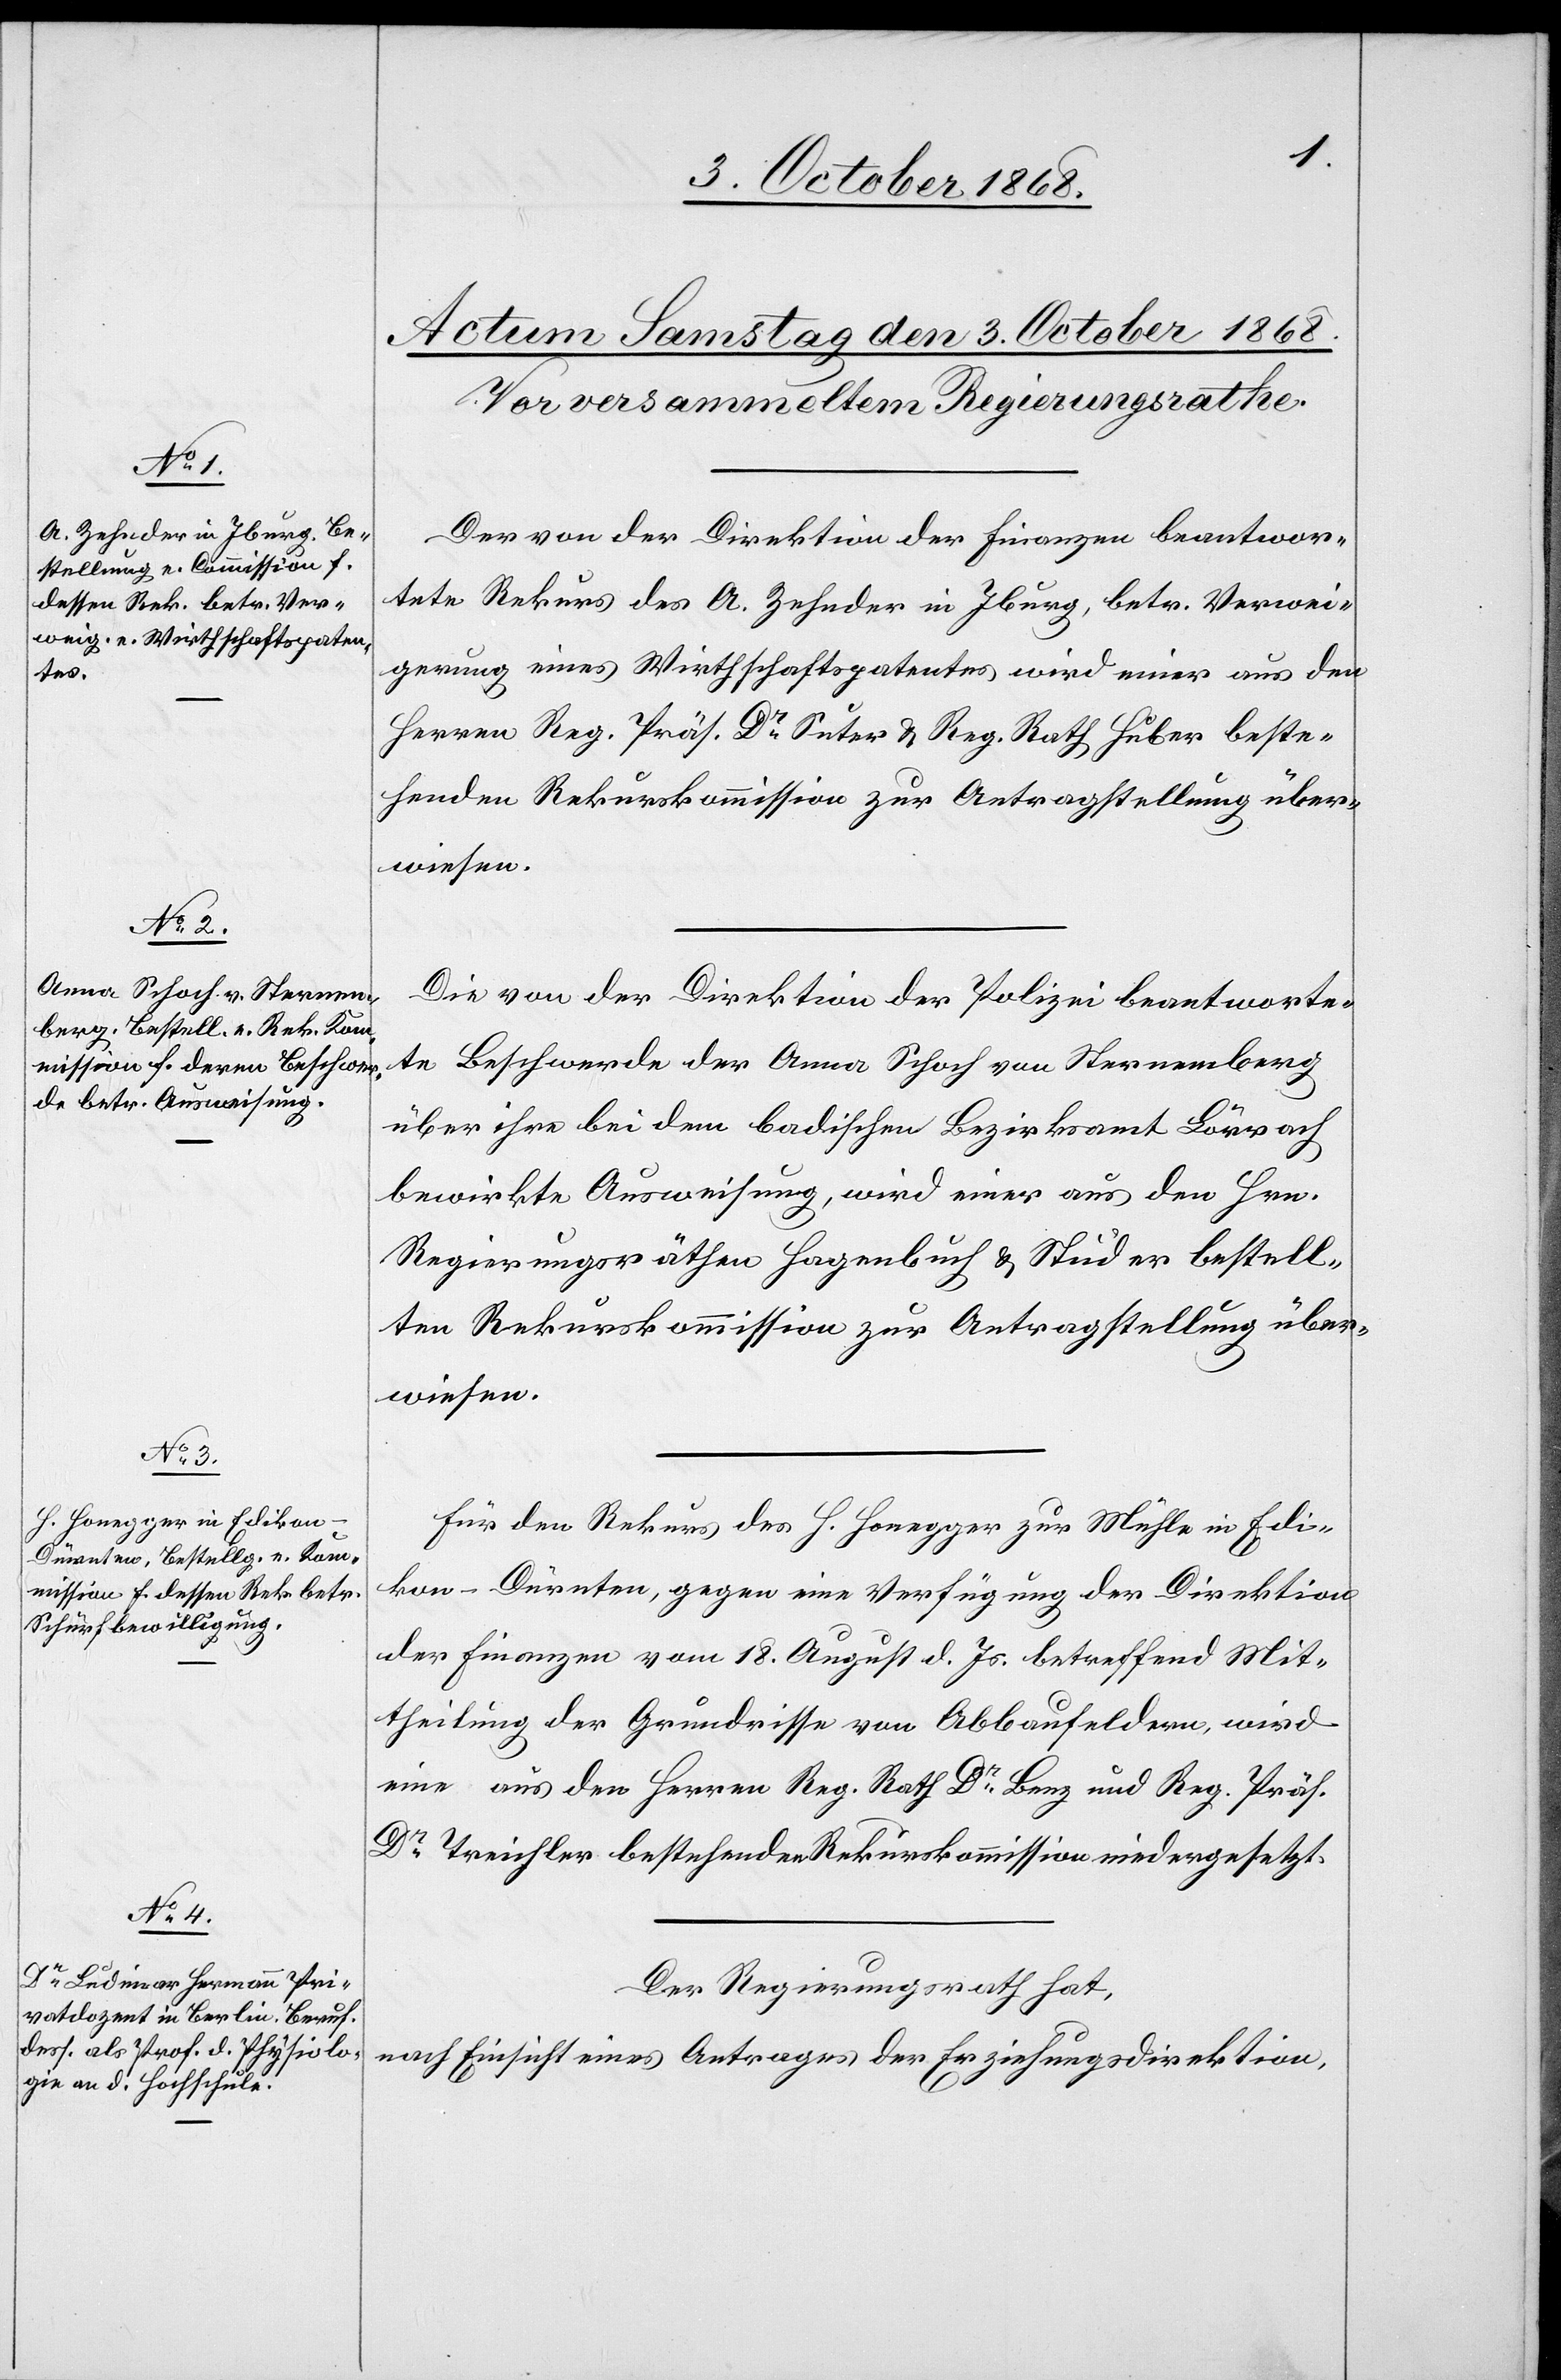
Der von der Direktion der Finanzen beantwor¬
tete Rekurs des A. Zehnder in Iburg, betr. Verwei¬
gerung eines Wirthschaftspatentes wird einer aus den
Herren Reg. Präs. Dr Suter & Reg. Rath Huber beste¬
henden Rekurskommission zur Antragstellung über¬
wiesen.
Die von der Direktion der Polizei beantworte¬
te Beschwerde der Anna Schoch von Sternenberg
über ihre bei dem badischen Bezirksamt Lörrach
bewirkte Ausweisung, wird einer aus den Hrn.
Regierungsräthen Hagenbuch & Studer bestell¬
ten Rekurskommission zur Antragstellung über¬
wiesen.
Für den Rekurs des H. Honegger zur Mühle in Edi¬
kon - Dürnten, gegen eine Verfügung der Direktion
der Finanzen vom 18. August d. Js. betreffend Mit¬
theilung der Grundrisse von Abbaufeldern, wird
eine aus den Herren Reg. Rath Dr Benz und Reg. Präs.
Dr Treichler bestehenden [sic!] Rekurskommission niedergesetzt.
Der Regierungsrath hat,
nach Einsicht eines Antrages der Erziehungsdirektion,